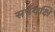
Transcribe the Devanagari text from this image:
सर्पयक्षि